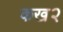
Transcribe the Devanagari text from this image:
कख२